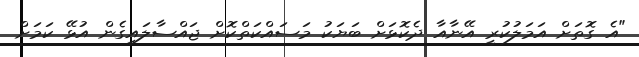
"އެ ގޮތަަށް އަމަލުކުރީ އޭނާއާ ދެކޮޅަށް ބަޔަކު މަސައްކަތްކޮށް ޖައްސާލައިގެން އުޅޭ ކަމަށް